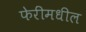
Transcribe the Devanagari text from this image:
फेरींमधील